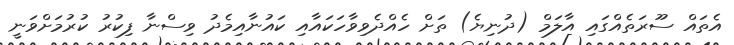
އެތައް ސޫރަތެއްގައި އާލަމް (ދުނިޔެ) ތަށް ހެއްދެވިވާހަކައާއި ކައުނާއިމެދު ވިސްނާ ފިކުރު ކުރުމަށްވަނީ